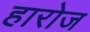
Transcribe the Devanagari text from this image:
हारोज